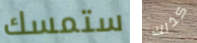
ستمسك كذلك